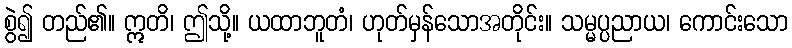
စွဲ၍ တည်၏။ ဣတိ၊ ဤသို့။ ယထာဘူတံ၊ ဟုတ်မှန်သောအတိုင်း။ သမ္မပ္ပညာယ၊ ကောင်းသော